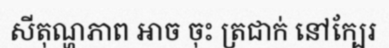
សីតុណ្ហភាព អាច ចុះ ត្រជាក់ នៅក្បែរ